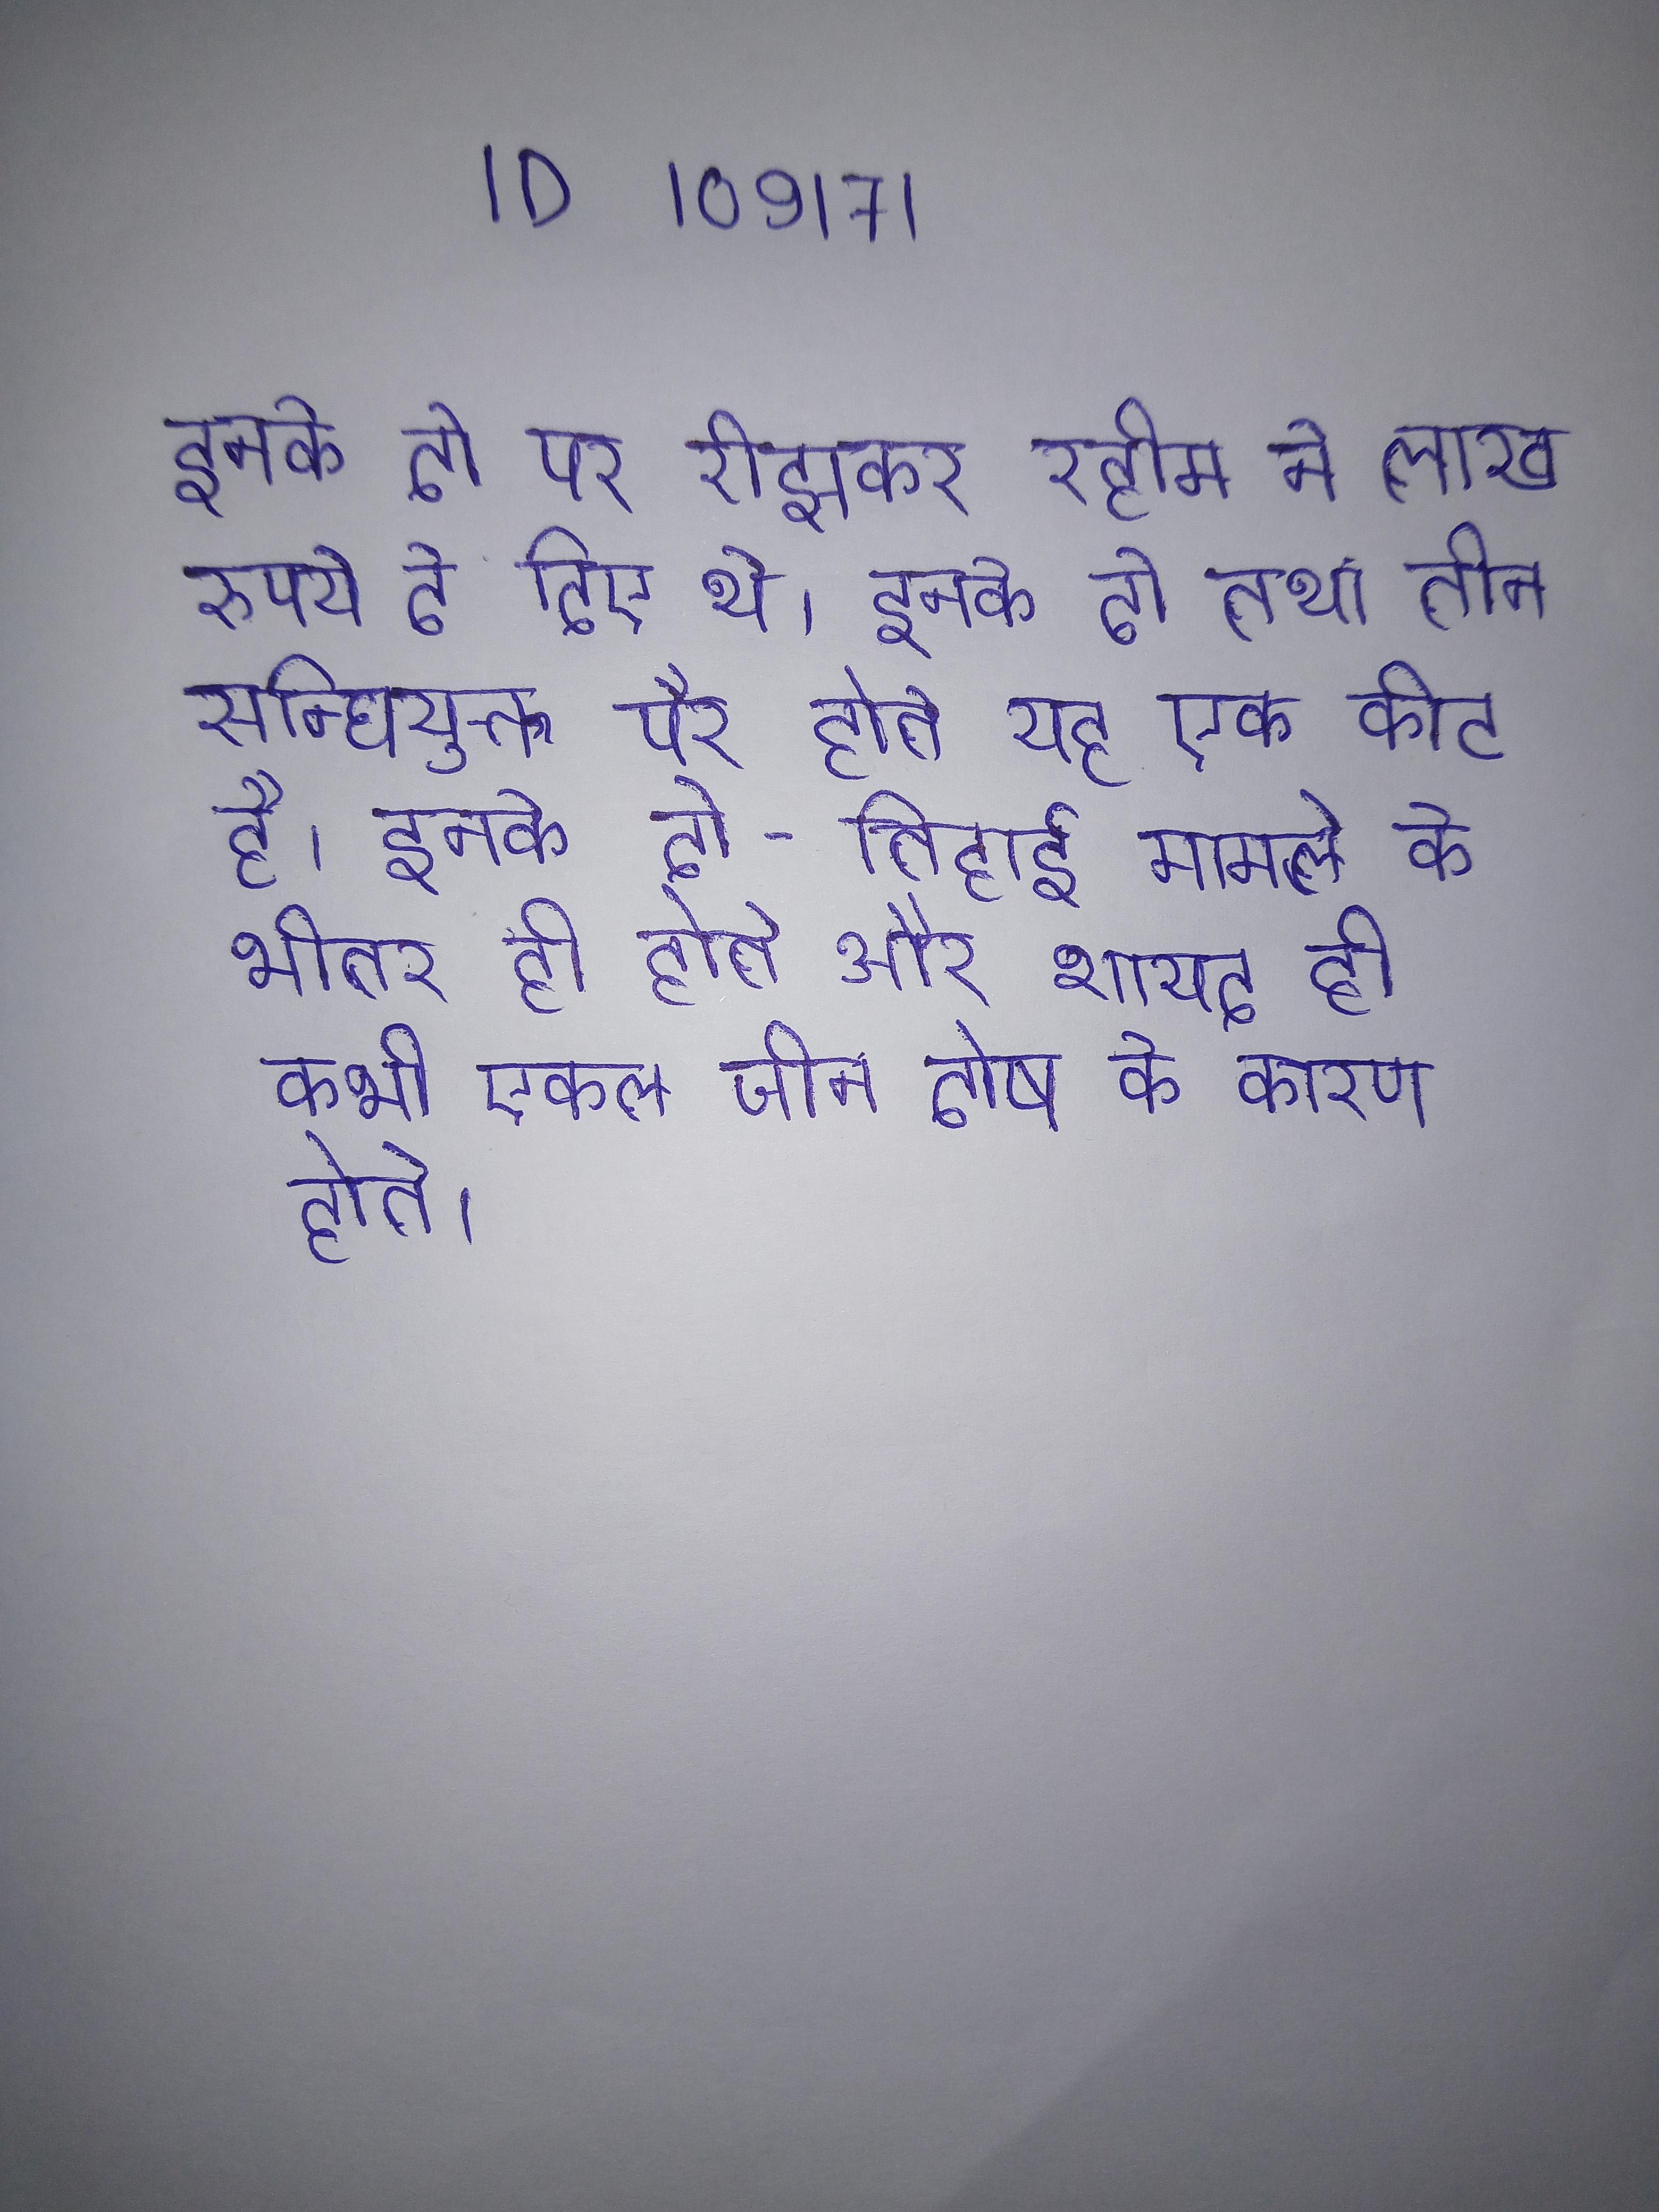
इनके दो पर रीझकर रहीम ने लाख रुपये दे दिए थे । इनके दो तथा तीन सन्धियुक्त पैर होते यह एक कीट है । इनके दो - तिहाई मामले के भीतर ही होते और शायद ही कभी एकल जीन दोष के कारण होते ।